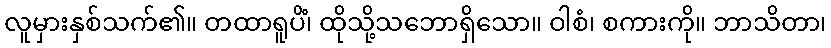
လူမှားနှစ်သက်၏။ တထာရူပိံ၊ ထိုသို့သဘောရှိသော။ ဝါစံ၊ စကားကို။ ဘာသိတာ၊